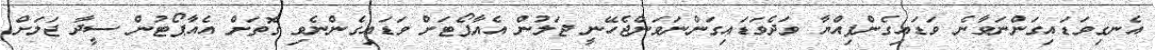
އެނގިވަޑައިގަންނަވާނެ ވަޑައިގެންފިއްޔާ ވަދެވަޑައިގަންނަވަންޖެހޭނީ ޖަލުން އެއާޕޯޓަށް ވަޑައިގެންނެވި ގޮތަށް އެއާޕޯޓުން ސީދާ ޖަލަށް